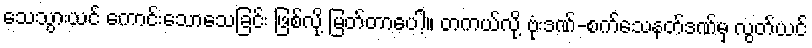
သေသွားယင် ကောင်းသောသေခြင်း ဖြစ်လို့ မြတ်တာပေါ့။ တကယ်လို့ ဗုံးဒဏ်-စက်သေနတ်ဒဏ်မှ လွတ်ယင်